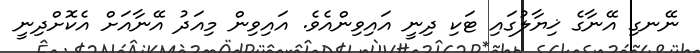
ނޭނގި އޭނާގެ ޚިޔާލުގައި ޓަކި ދިނީ އައިވިންއެވެ. އައިވިން މިއަދު އޭނާއަށް އެކޮށްދިނީ